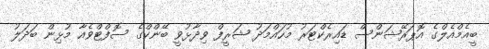
ބީއެމްއެލްގެ އޮޕަރޭޝަންސް ޑައިރެކްޓަރު މުހައްމަދު ޝަރީފް ވިދާޅުވީ ބޭންކްގެ ސޮފްޓްވެއާ މުޅިން ބަަދަލު